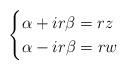
LaTeX: \begin{align*}\begin{cases}\alpha + ir\beta = rz\\\alpha - ir\beta = rw\end{cases}\end{align*}